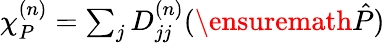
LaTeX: \begin{array}{r}{\chi_{P}^{(n)}=\sum_{j}D_{jj}^{(n)}(\ensuremath{\hat{P}})}\end{array}